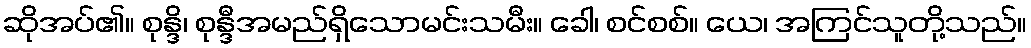
ဆိုအပ်၏။ စုန္ဒိ၊ စုန္ဒီအမည်ရှိသောမင်းသမီး။ ခေါ၊ စင်စစ်။ ယေ၊ အကြင်သူတို့သည်။